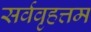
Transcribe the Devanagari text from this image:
सर्ववृहत्तम